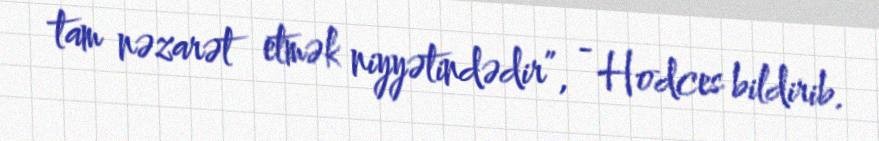
tam nəzarət etmək niyyətindədir”, - Hodces bildirib.